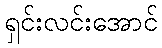
ရှင်းလင်းအောင်